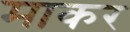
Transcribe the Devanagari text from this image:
माकर